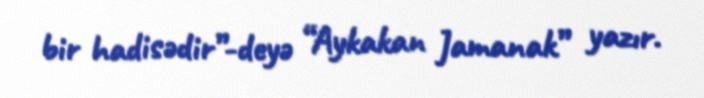
bir hadisədir”-deyə “Aykakan Jamanak” yazır.